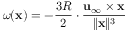
{ \boldsymbol { \omega } } ( \mathbf { x } ) = - { \frac { 3 R } { 2 } } \cdot { \frac { \mathbf { u } _ { \infty } \times \mathbf { x } } { \| \mathbf { x } \| ^ { 3 } } }